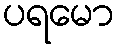
ပရမော